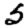
Digit: 5